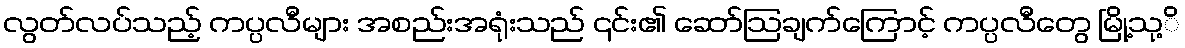
လွတ်လပ်သည့် ကပ္ပလီများ အစည်းအရုံးသည် ၎င်း၏ ဆော်ဩချက်ကြောင့် ကပ္ပလီတွေ မြို့သု့ိ